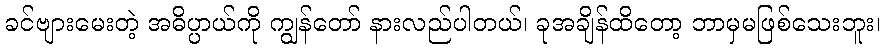
ခင်ဗျားမေးတဲ့ အဓိပ္ပာယ်ကို ကျွန်တော် နားလည်ပါတယ်၊ ခုအချိန်ထိတော့ ဘာမှမဖြစ်သေးဘူး၊